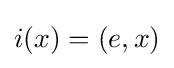
i(x)=(e,x)